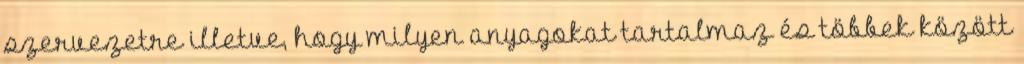
szervezetre illetve, hogy milyen anyagokat tartalmaz és többek között